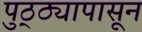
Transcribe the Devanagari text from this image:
पुठ्ठ्यापासून